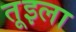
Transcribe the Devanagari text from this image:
तूइला